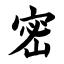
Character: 密